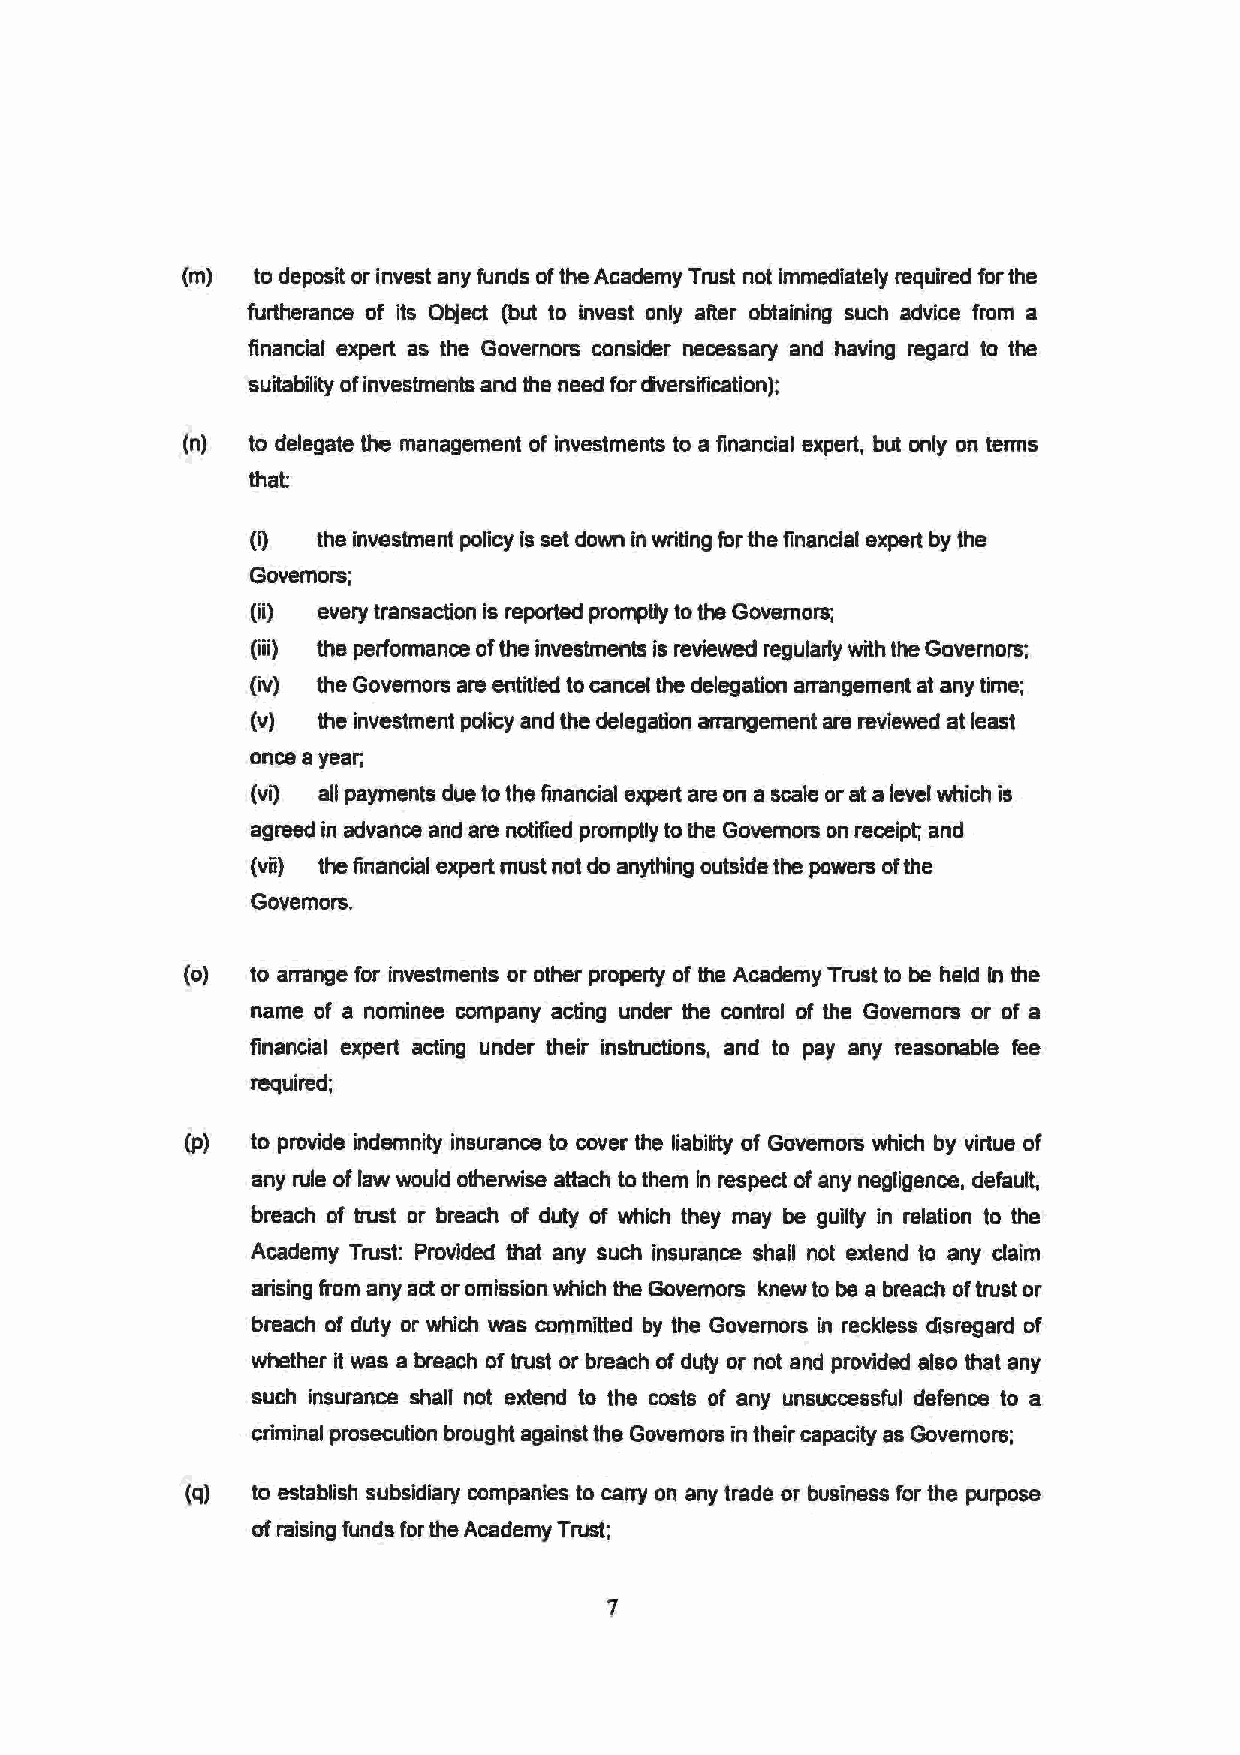
(m)  to deposit or invest any funds of the Academy Trust not immediately required for the
 furtherance of its Object (but to invest only after obtaining such advice from a
 financial expert as the Governors consider necessary and having regard to the
 suitability of investments and the need for diversification);
 (n) to delegate the management of investments to a financial expert, but only on terms
 that
 (i)  the investment poficy is set down in writing for the financial expert by the
 Governors;
 (ii) every transaction is reported promptly to the Governors;
 (iii) the perfonnance of the investments is reviewed regularly with the Governors:
 (iv) the Governors are entitled to cancel the delegation arrangement at any time;
 (v) the investment policy and the delegation arrangement are reviewed at least
 once a year;
 (vi) all payments due to the financial expert are on a scale or at a level which is
 agreed in advance and are notified promptly to the Governors on receipt; and
 (vii) the financial expert must not do anything outside the powers of the
 Governors.
 (o) to arrange for investments or other property of the Academy Trust to be held In the
 name of a nominee company acting under the control of the Governors or of a
 financial expert acting under their instructions, and to pay any reasonable fee
 required;
 (p)  to provide indemnity insurance to cover the liability of Governors which by virtue of
 any rule of law would otherwise attach to them in respect of any negligence, default,
 breach of trust or breach of duty of which they may be guilty in relation to the
 Academy Trust: Provided that any such insurance shall not extend to any claim
 arising from any act or omission which the Governors knew to be a breach of trust or
 breach of duty or which was committed by the Governors in reckless disregard of
 whether it was a breach of trust or breach of duty or not and provided also that any
 such insurance shalf not extend to the costs of any unsuccessful defence to a
 criminal prosecution brought against the Governors in their capacity as Governors;
 (q)  to establish subsidiary companies to carry on any trade or business for the purpose
 of raising funds for the Academy Trust;
 7